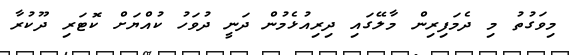
މިވަގުތު މި ދެމަފިރިން މާލޭގައި ދިރިއުޅެމުން ދަނީ ދުވަހު ކުއްޔަށް ކޮޓަރި ދޫކުރާ